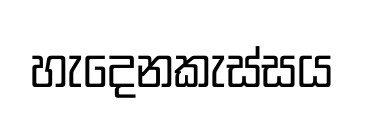
හැදෙනකැස්සය